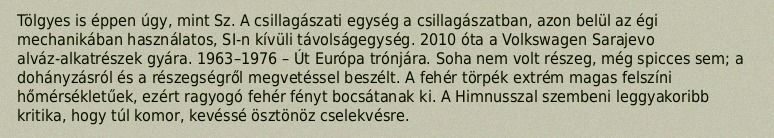
Tölgyes is éppen úgy, mint Sz. A csillagászati egység a csillagászatban, azon belül az égi mechanikában használatos, SI-n kívüli távolságegység. 2010 óta a Volkswagen Sarajevo alváz-alkatrészek gyára. 1963–1976 – Út Európa trónjára. Soha nem volt részeg, még spicces sem; a dohányzásról és a részegségről megvetéssel beszélt. A fehér törpék extrém magas felszíni hőmérsékletűek, ezért ragyogó fehér fényt bocsátanak ki. A Himnusszal szembeni leggyakoribb kritika, hogy túl komor, kevéssé ösztönöz cselekvésre.